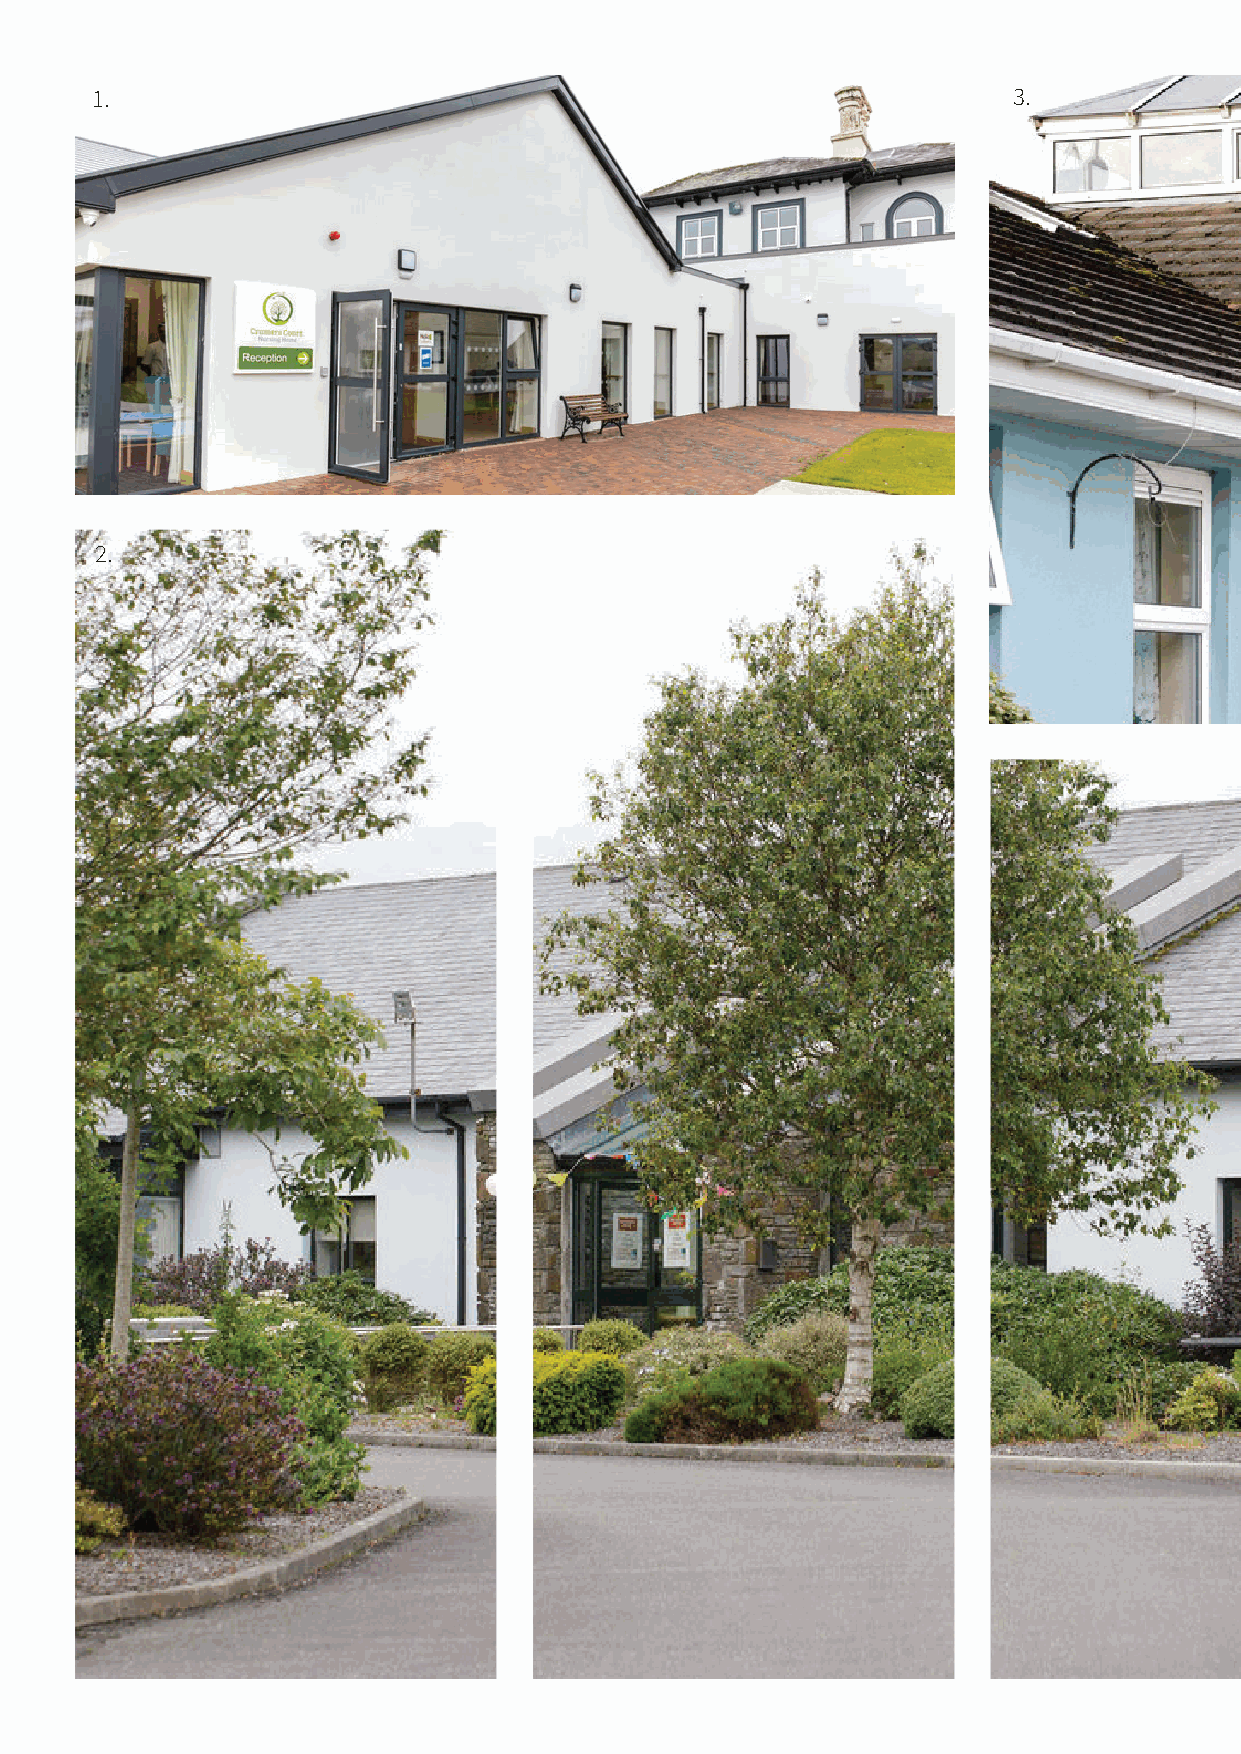
1.                                                           3.
 2.